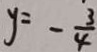
y = - \frac { 3 } { 4 }